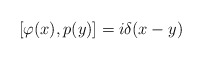
\begin{align*}[\varphi (x), p(y)]=i \delta (x-y) \end{align*}